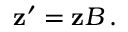
{ \bf z } ^ { \prime } = { \bf z } B \, .